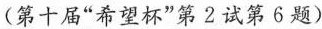
(第十届“希望杯”第2试第6题)